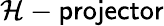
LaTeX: \mathcal{H}-\mathsf{projector}